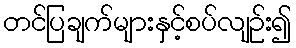
တင်ပြချက်များနှင့်စပ်လျဉ်း၍